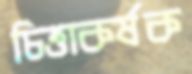
চিত্তাকর্ষক